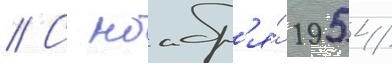
// С ноабр'я́ 1954